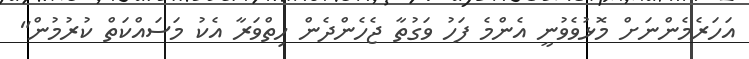
އަހަރެމެންނަށް މޮޅުވެވުނީ އެންމެ ފަހު ވަގުތާ ޖެހެންދެން ހިތްވަރާ އެކު މަސައްކަތް ކުރުމުން"